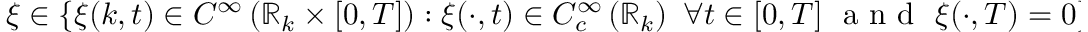
\xi \in \left\{ \xi ( k , t ) \in C ^ { \infty } \left( \mathbb { R } _ { k } \times [ 0 , T ] \right) : \xi ( \cdot , t ) \in C _ { c } ^ { \infty } \left( \mathbb { R } _ { k } \right) \ \forall t \in [ 0 , T ] \ \mathrm { ~ a ~ n ~ d ~ } \ \xi ( \cdot , T ) = 0 \right\} .